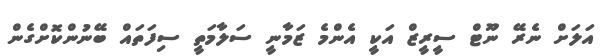
އަލަށް ނެރޭ ނޫޓް ސީރީޒް އަކީ އެންމެ ޒަމާނީ ސަލާމަތީ ސިފަަތައް ބޭނުންކޮށްގެން